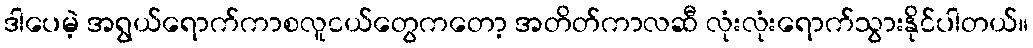
ဒါပေမဲ့ အရွယ်ရောက်ကာစလူငယ်တွေကတော့ အတိတ်ကာလဆီ လုံးလုံးရောက်သွားနိုင်ပါတယ်။